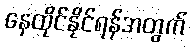
နေထိုင်နိုင်ရန်အတွက်